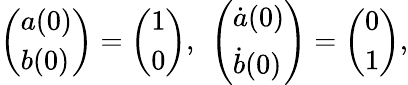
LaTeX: \left(\begin{array}{l}{a(0)}\\ {{b}(0)}\end{array}\right)=\left(\begin{array}{l}{1}\\ {0}\end{array}\right),\ \left(\begin{array}{l}{\dot{a}(0)}\\ {\dot{b}(0)}\end{array}\right)=\left(\begin{array}{l}{0}\\ {1}\end{array}\right),